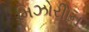
મિઝોરીોન